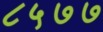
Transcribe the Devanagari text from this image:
८५७७